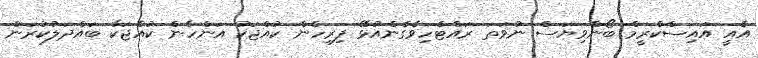
އެއީ އައިސްކްރީމް ބޯންވިޔަސް ނުވަތަ ރައްޓެހިވެގެންއުޅޭ ފިރިހެން ކުއްޖަކު އަންހެން ކުއްޖަކާ ބައްދަލުކުރަން